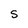
Character: S